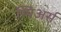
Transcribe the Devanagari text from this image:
स्पिअर्स